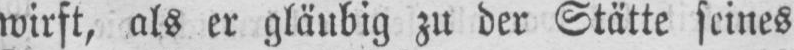
wirft, als er gläubig zu der Stätte seines